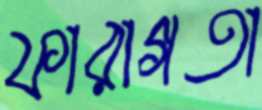
ফারাগতা